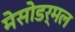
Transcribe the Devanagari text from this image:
मेसोडर्मल